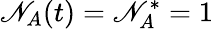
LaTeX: \mathscr{N}_{A}(t)=\mathscr{N}_{A}^{*}=1